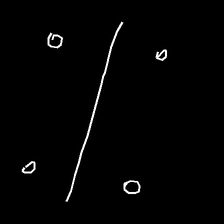
Glyph: cool